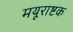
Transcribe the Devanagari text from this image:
मयूराष्टक